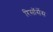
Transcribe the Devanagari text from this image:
रिसॉर्सेस